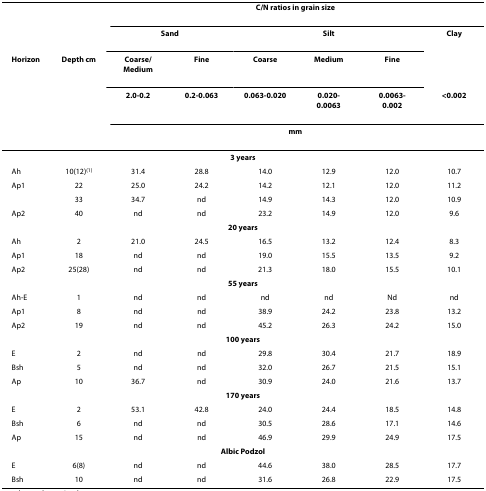
<table><thead><tr><td></td><td></td><td colspan="6"><b>C/N ratios in grain size</b></td></tr><tr><td></td><td></td><td colspan="2"><b>Sand</b></td><td colspan="3"><b>Silt</b></td><td><b>Clay</b></td></tr><tr><td><b>Horizon</b></td><td><b>Depth cm</b></td><td><b>Coarse/Medium</b></td><td><b>Fine</b></td><td><b>Coarse</b></td><td><b>Medium</b></td><td><b>Fine</b></td><td></td></tr><tr><td></td><td></td><td><b>2.0-0.2</b></td><td><b>0.2-0.063</b></td><td><b>0.063-0.020</b></td><td><b>0.020-0.0063</b></td><td><b>0.0063-0.002</b></td><td><b>&lt;0.002</b></td></tr><tr><td></td><td></td><td colspan="6"><b>mm</b></td></tr></thead><tbody><tr><td colspan="8"><b>3 years</b></td></tr><tr><td>Ah</td><td>10(12)<sup>(1)</sup></td><td>31.4</td><td>28.8</td><td>14.0</td><td>12.9</td><td>12.0</td><td>10.7</td></tr><tr><td>Ap1</td><td>22</td><td>25.0</td><td>24.2</td><td>14.2</td><td>12.1</td><td>12.0</td><td>11.2</td></tr><tr><td></td><td>33</td><td>34.7</td><td>nd</td><td>14.9</td><td>14.3</td><td>12.0</td><td>10.9</td></tr><tr><td>Ap2</td><td>40</td><td>nd</td><td>nd</td><td>23.2</td><td>14.9</td><td>12.0</td><td>9.6</td></tr><tr><td colspan="8"><b>20 years</b></td></tr><tr><td>Ah</td><td>2</td><td>21.0</td><td>24.5</td><td>16.5</td><td>13.2</td><td>12.4</td><td>8.3</td></tr><tr><td>Ap1</td><td>18</td><td>nd</td><td>nd</td><td>19.0</td><td>15.5</td><td>13.5</td><td>9.2</td></tr><tr><td>Ap2</td><td>25(28)</td><td>nd</td><td>nd</td><td>21.3</td><td>18.0</td><td>15.5</td><td>10.1</td></tr><tr><td colspan="8"><b>55 years</b></td></tr><tr><td>Ah-E</td><td>1</td><td>nd</td><td>nd</td><td>nd</td><td>nd</td><td>Nd</td><td>nd</td></tr><tr><td>Ap1</td><td>8</td><td>nd</td><td>nd</td><td>38.9</td><td>24.2</td><td>23.8</td><td>13.2</td></tr><tr><td>Ap2</td><td>19</td><td>nd</td><td>nd</td><td>45.2</td><td>26.3</td><td>24.2</td><td>15.0</td></tr><tr><td colspan="8"><b>100 years</b></td></tr><tr><td>E</td><td>2</td><td>nd</td><td>nd</td><td>29.8</td><td>30.4</td><td>21.7</td><td>18.9</td></tr><tr><td>Bsh</td><td>5</td><td>nd</td><td>nd</td><td>32.0</td><td>26.7</td><td>21.5</td><td>15.1</td></tr><tr><td>Ap</td><td>10</td><td>36.7</td><td>nd</td><td>30.9</td><td>24.0</td><td>21.6</td><td>13.7</td></tr><tr><td colspan="8"><b>170 years</b></td></tr><tr><td>E</td><td>2</td><td>53.1</td><td>42.8</td><td>24.0</td><td>24.4</td><td>18.5</td><td>14.8</td></tr><tr><td>Bsh</td><td>6</td><td>nd</td><td>nd</td><td>30.5</td><td>28.6</td><td>17.1</td><td>14.6</td></tr><tr><td>Ap</td><td>15</td><td>nd</td><td>nd</td><td>46.9</td><td>29.9</td><td>24.9</td><td>17.5</td></tr><tr><td colspan="8"><b>Albic Podzol</b></td></tr><tr><td>E</td><td>6(8)</td><td>nd</td><td>nd</td><td>44.6</td><td>38.0</td><td>28.5</td><td>17.7</td></tr><tr><td>Bsh</td><td>10</td><td>nd</td><td>nd</td><td>31.6</td><td>26.8</td><td>22.9</td><td>17.5</td></tr></tbody></table>